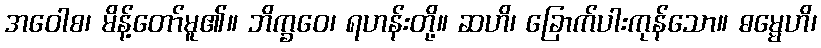
အဝေါစ၊ မိန့်တော်မူ၏။ ဘိက္ခဝေ၊ ရဟန်းတို့။ ဆဟိ၊ ခြောက်ပါးကုန်သော။ ဓမ္မေဟိ၊